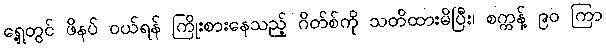
ရှေ့တွင် ဖိနပ် ဝယ်ရန် ကြိုးစားနေသည့် ဂိတ်စ်ကို သတိထားမိပြီး၊ စက္ကန့် ၉၀ ကြာ